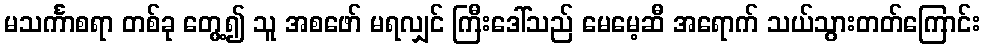
မသင်္ကာစရာ တစ်ခု တွေ့၍ သူ အစဖော် မရလျှင် ကြီးဒေါ်သည် မေမေ့ဆီ အရောက် သယ်သွားတတ်ကြောင်း